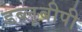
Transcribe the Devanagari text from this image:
डब्लूबीपी